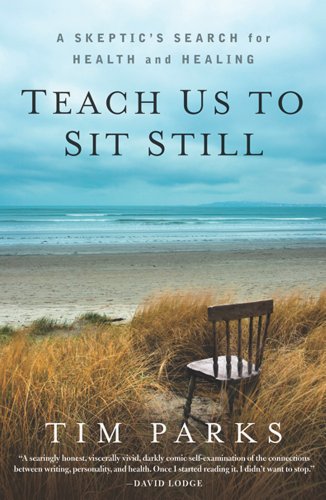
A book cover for Teach Us to Sit Still: A Skeptic's Search for Health and Healing; Tim Parks; Health, Fitness & Dieting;